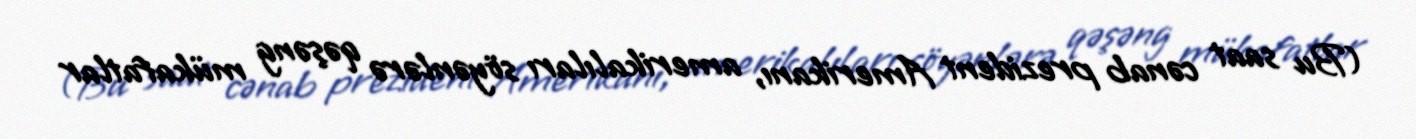
(Bu saat cənab prezident Amerikanı, amerikalıları söyənlərə qəşəng mükafatlar